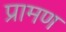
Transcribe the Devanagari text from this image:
प्रामण